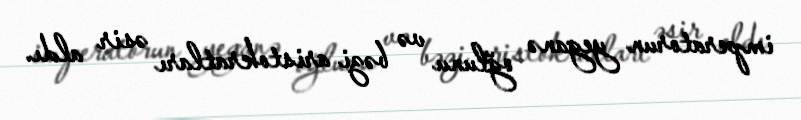
imperatorun yeganə oğlunu və bəzi aristokratları əsir aldı.